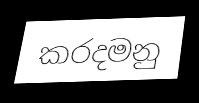
කරදමනු